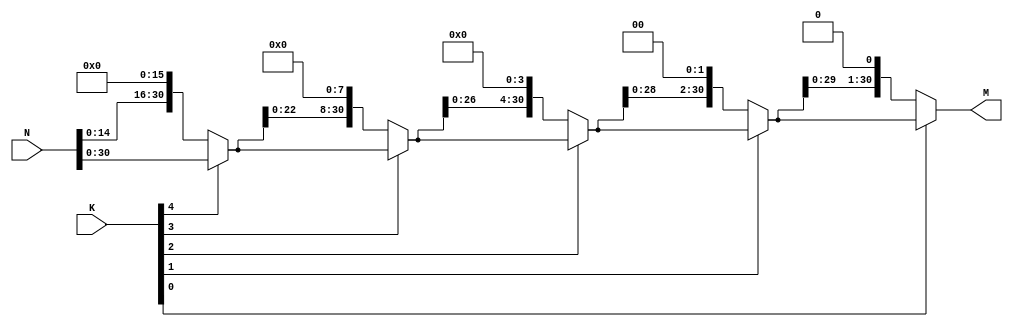
`timescale 1ns / 1ns

module m_logshifter32(N, K, M);

// Parameters Declaration
parameter wl_N = 32; 			//Wordlength of the input N
parameter wl_k = 5;  			//Wordlength of the characteristic k
parameter wl_m = wl_N - 1;		//Wordlength of the mantissa m

// Input Ports
input [wl_N - 1 : 0] N;
input [wl_k -1 : 0] K;

// Output Ports
output [wl_m - 1 : 0] M;

// Wires Declaration
wire [wl_m - 1 : 0] m;
wire [wl_N - 1 : 0] s4;
wire [wl_N - 1 : 0] s3;
wire [wl_N - 1 : 0] s2;
wire [wl_N - 1 : 0] s1;
wire [wl_N - 1 : 0] s0;

// Behavioural Modelling
assign s4 = K[4] ? N : N  << 16; // 16 shift will be made if k[4]= 0
assign s3 = K[3] ? s4: s4 << 8;
assign s2 = K[2] ? s3: s3 << 4;
assign s1 = K[1] ? s2: s2 << 2;
assign s0 = K[0] ? s1: s1 << 1;
 
assign M = s0[wl_N - 2 : 0];


endmodule